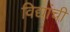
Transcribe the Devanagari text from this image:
विद्यांची